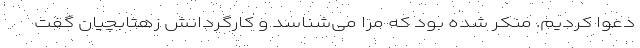
دعوا کردیم. منکر شده بود که مرا می‌شناسد و کارگردانش زهتابچیان گفت